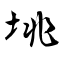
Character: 垗